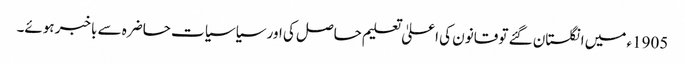
1905ء میں انگلستان گئے تو قانون کی اعلیٰ تعلیم حاصل کی اور سیاسیات حاضرہ سے باخبر ہوئے۔